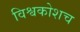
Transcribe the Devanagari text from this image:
विश्वकोशच